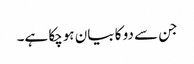
جن سے دو کا بیان ہوچکا ہے۔